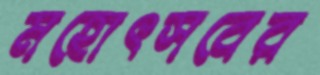
মহোৎসবের